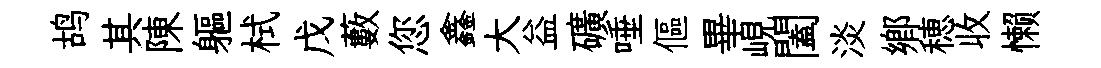
鸪其陳軀栻戊藪您鑫大益礦唾傴畢峴闔淡鄉穂收懒